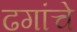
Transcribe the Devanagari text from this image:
ढगांचे